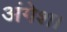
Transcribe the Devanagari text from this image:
अंगेश।